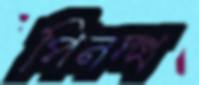
পিনদ্ধ